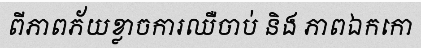
ពីភាពភ័យខ្លាចការឈឺចាប់ និង ភាពឯកកោ